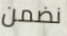
نضمن